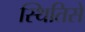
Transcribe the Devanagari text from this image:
स्थितिसे